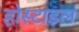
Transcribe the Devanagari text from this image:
होस्टाइल